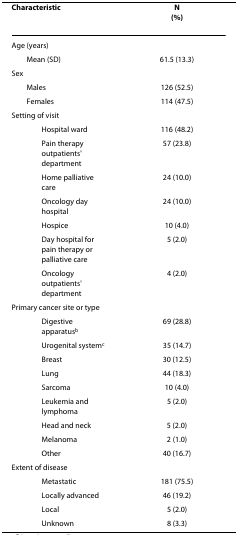
<table><thead><tr><td><b><i>Characteristic</i></b></td><td><b><i>N</i><i>(%)</i></b></td></tr></thead><tbody><tr><td>Age (years)</td><td></td></tr><tr><td> Mean (SD)</td><td>61.5 (13.3)</td></tr><tr><td>Sex</td><td></td></tr><tr><td> Males</td><td>126 (52.5)</td></tr><tr><td> Females</td><td>114 (47.5)</td></tr><tr><td>Setting of visit</td><td></td></tr><tr><td>Hospital ward</td><td>116 (48.2)</td></tr><tr><td>Pain therapy outpatients&#x27; department</td><td>57 (23.8)</td></tr><tr><td>Home palliative care</td><td>24 (10.0)</td></tr><tr><td>Oncology day hospital</td><td>24 (10.0)</td></tr><tr><td>Hospice</td><td>10 (4.0)</td></tr><tr><td>Day hospital for pain therapy or palliative care</td><td>5 (2.0)</td></tr><tr><td>Oncology outpatients&#x27; department</td><td>4 (2.0)</td></tr><tr><td>Primary cancer site or type</td><td></td></tr><tr><td>Digestive apparatus<sup>b</sup></td><td>69 (28.8)</td></tr><tr><td>Urogenital system<sup>c</sup></td><td>35 (14.7)</td></tr><tr><td>Breast</td><td>30 (12.5)</td></tr><tr><td>Lung</td><td>44 (18.3)</td></tr><tr><td>Sarcoma</td><td>10 (4.0)</td></tr><tr><td>Leukemia and lymphoma</td><td>5 (2.0)</td></tr><tr><td>Head and neck</td><td>5 (2.0)</td></tr><tr><td>Melanoma</td><td>2 (1.0)</td></tr><tr><td>Other</td><td>40 (16.7)</td></tr><tr><td>Extent of disease</td><td></td></tr><tr><td>Metastatic</td><td>181 (75.5)</td></tr><tr><td>Locally advanced</td><td>46 (19.2)</td></tr><tr><td>Local</td><td>5 (2.0)</td></tr><tr><td>Unknown</td><td>8 (3.3)</td></tr></tbody></table>